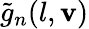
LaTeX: \tilde{g}_{n}(l,{\mathbf v})